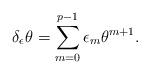
LaTeX: \begin{align*}\delta_{\epsilon} \theta=\sum_{m=0}^{p-1} \epsilon_{m}\theta^{m+1} .\end{align*}